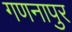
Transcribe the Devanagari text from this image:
गणनापुर